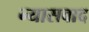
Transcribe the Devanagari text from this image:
न्यासवाद